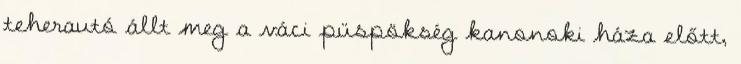
teherautó állt meg a váci püspökség kanonoki háza előtt,